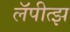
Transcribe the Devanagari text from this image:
लॅपीत्झ